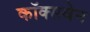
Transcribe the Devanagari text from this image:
कॉक्सवेन